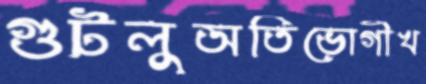
গুটলুঅতিভোগীখ